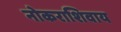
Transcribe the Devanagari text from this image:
नोकराशिवाय